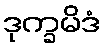
ဒုက္ခမိဒံ